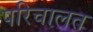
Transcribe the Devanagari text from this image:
परिचालत